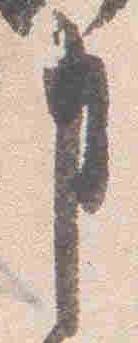
事